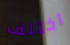
اختلف